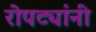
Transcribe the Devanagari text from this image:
रोपट्यांनी